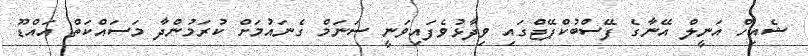
ޝެއިހް އަނީލް އޭނާގެ ފޭސްބުކްޕޭޖްގައި ވިދާޅުވެފައިވަނީ ސަނަމް ގެނައުމަށް ކުރަމުންދާ މަސައްކަތް އައްޑޫ